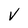
Character: v